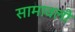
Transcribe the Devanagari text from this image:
सामावली